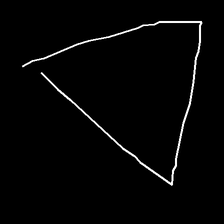
Glyph: convergence